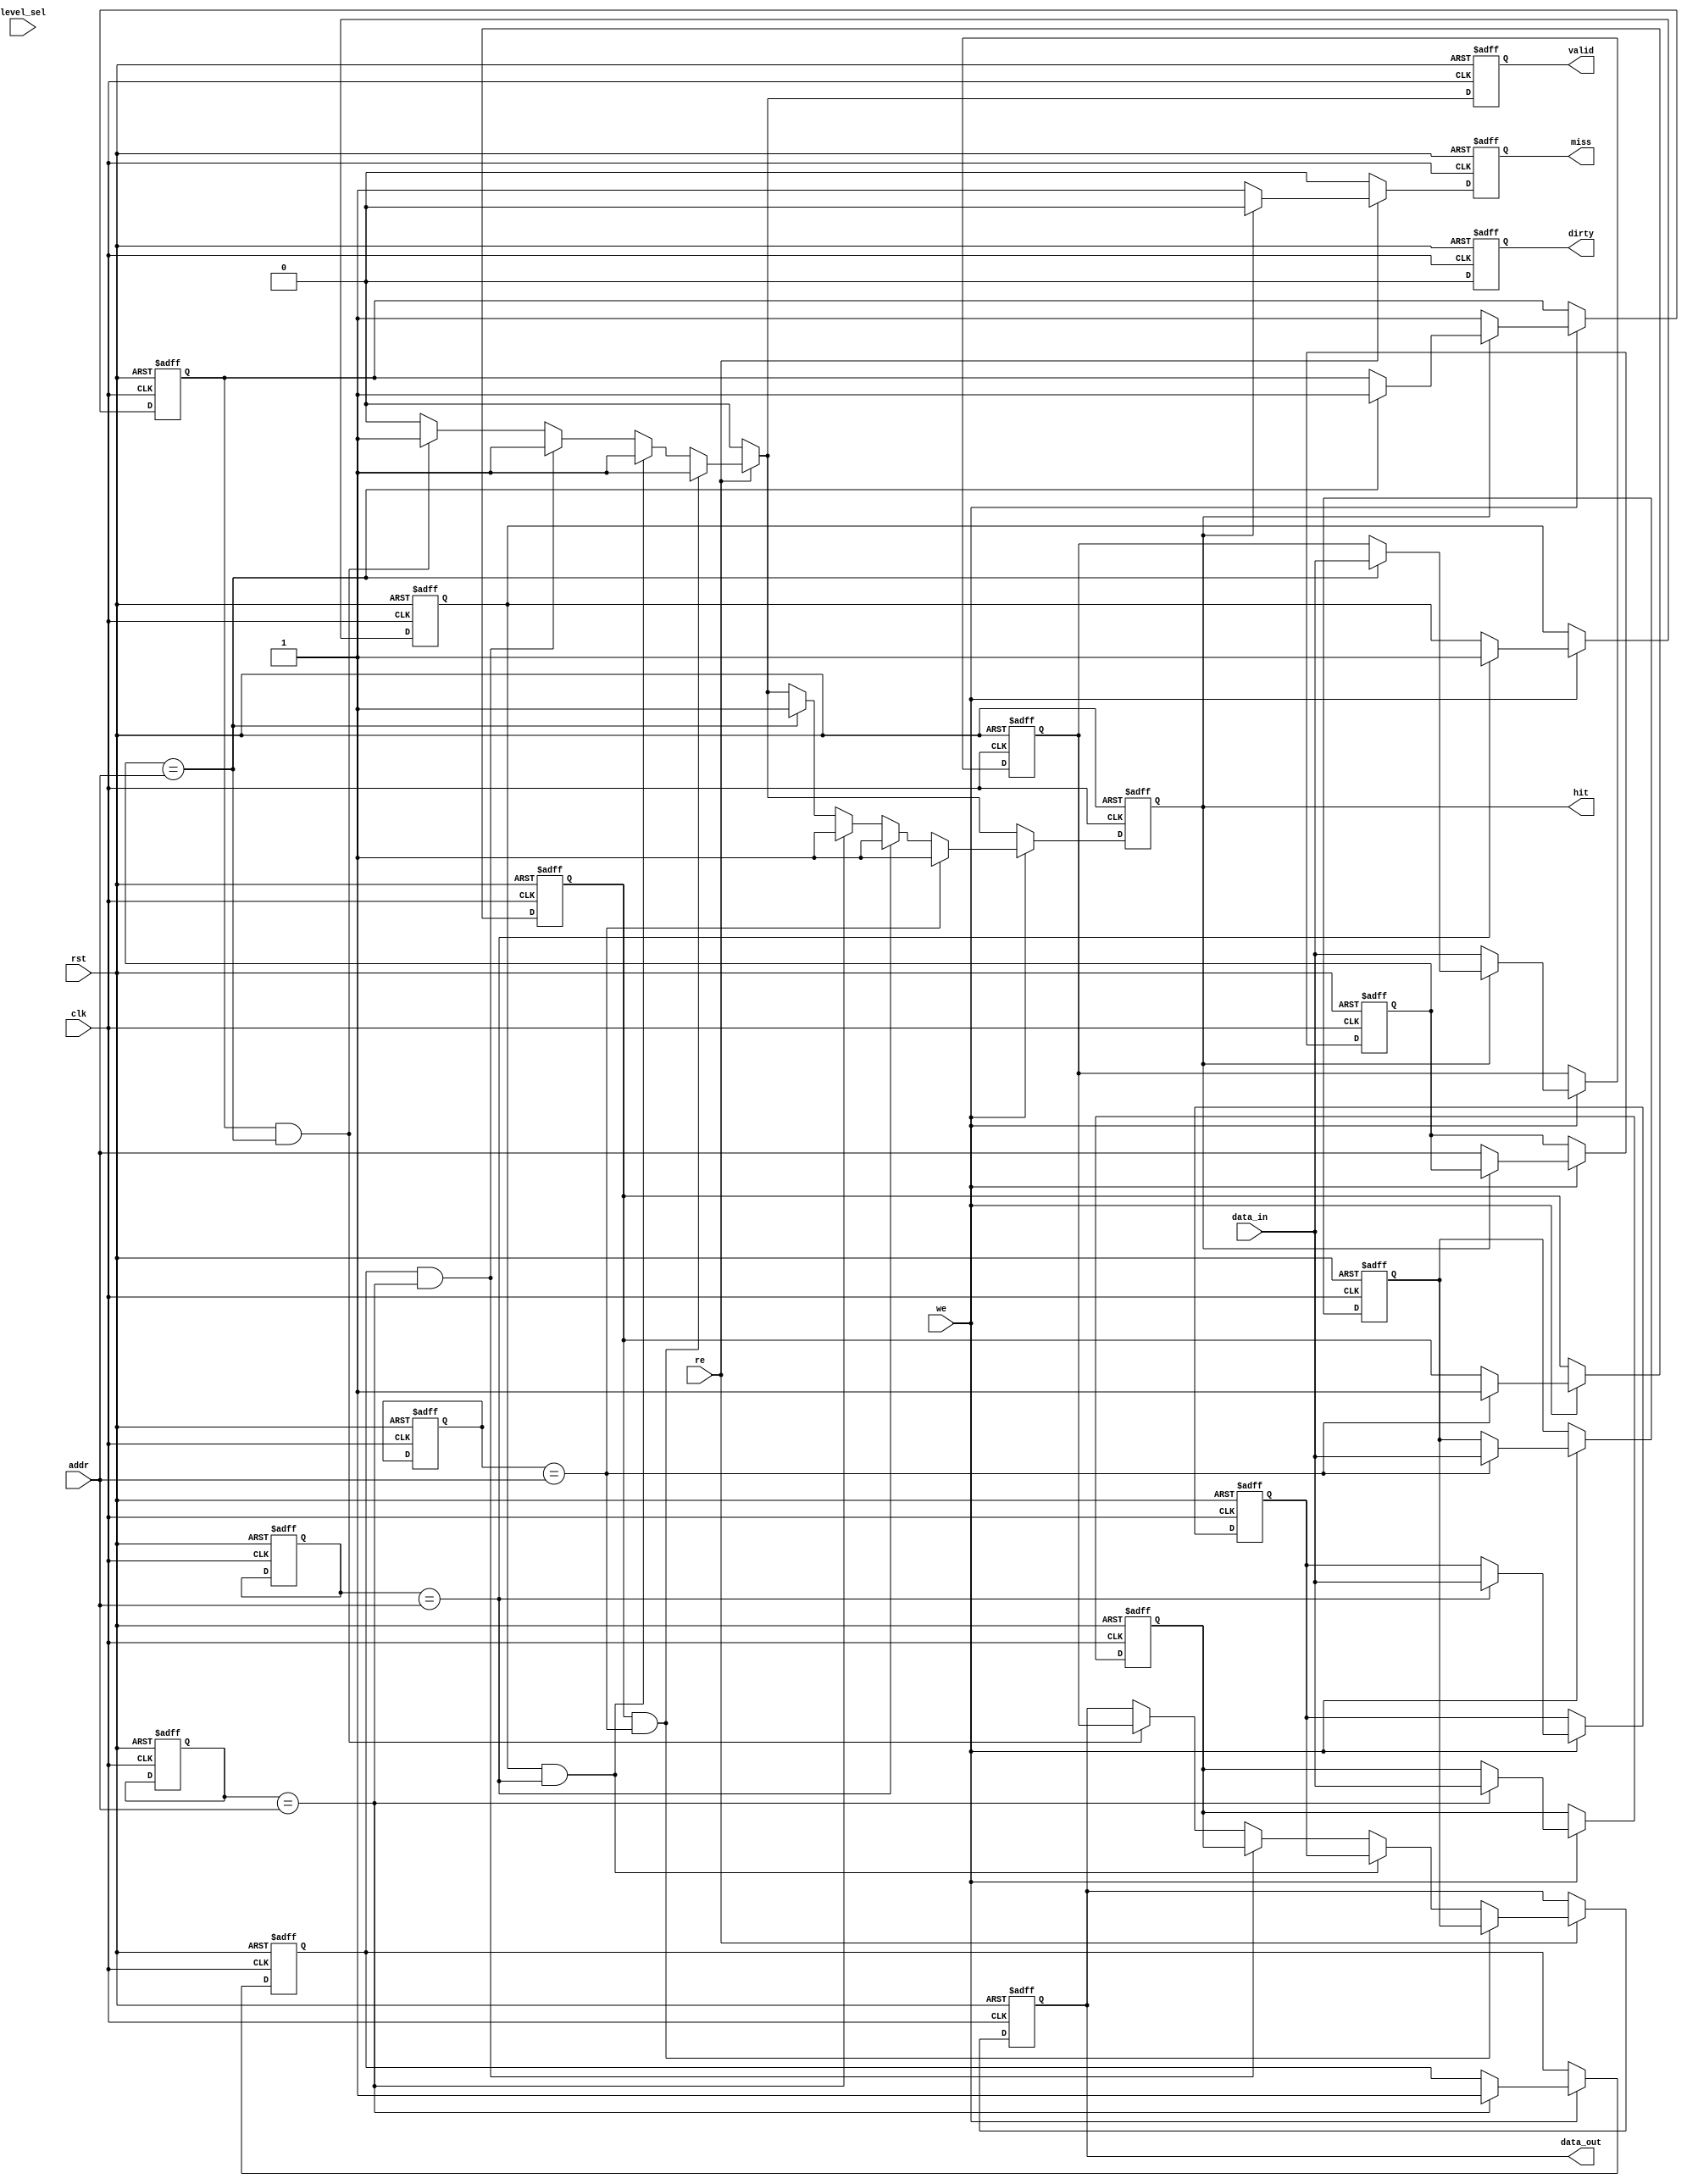
module multi_level_cache(
    input wire clk,
    input wire rst,
    input wire [31:0] addr,         // Assuming 32-bit address
    input wire [31:0] data_in,      // Assuming 32-bit data input
    input wire we,                  // Write Enable
    input wire re,                  // Read Enable
    input wire [1:0] level_sel,     // Cache Level Select (L1, L2, L3)
    output reg [31:0] data_out,     // Data Output
    output reg hit,                 // Hit signal
    output reg miss,                // Miss signal
    output reg dirty,               // Dirty Bit
    output reg valid                 // Valid Bit
);

    // Cache line structure
    reg [31:0] cache_data [0:3];     // Example: 4 cache lines per level
    reg [31:0] cache_addr [0:3];      // Cache addresses
    reg valid_bit [0:3];              // Valid bits for cache lines
    reg dirty_bit [0:3];              // Dirty bits for cache lines

    integer i;

    always @(posedge clk or posedge rst) begin
        if (rst) begin
            // Reset cache state
            for (i = 0; i < 4; i = i + 1) begin
                cache_data[i] <= 32'b0;
                cache_addr[i] <= 32'b0;
                valid_bit[i] <= 1'b0;
                dirty_bit[i] <= 1'b0;
            end
            data_out <= 32'b0;
            hit <= 1'b0;
            miss <= 1'b0;
            dirty <= 1'b0;
            valid <= 1'b0;
        end else begin
            // Default outputs
            hit <= 1'b0;
            miss <= 1'b0;
            dirty <= 1'b0;
            valid <= 1'b0;

            // Read operation
            if (re) begin
                for (i = 0; i < 4; i = i + 1) begin
                    if (valid_bit[i] && (cache_addr[i] == addr)) begin
                        // Cache hit
                        data_out <= cache_data[i];
                        hit <= 1'b1;
                        valid <= 1'b1;
                    end
                end
                
                // Miss handling (fetch from lower level or memory)
                if (!hit) begin
                    miss <= 1'b1;
                    // Fetch logic to be implemented here
                end
            end
            
            // Write operation
            if (we) begin
                for (i = 0; i < 4; i = i + 1) begin
                    if (cache_addr[i] == addr) begin
                        // Cache hit on write
                        cache_data[i] <= data_in;
                        dirty_bit[i] <= 1'b1; // Mark as dirty
                        valid_bit[i] <= 1'b1;  // Mark as valid
                        hit <= 1'b1;
                    end
                end
                
                // If miss, write to a new cache line
                if (!hit) begin
                    // Eviction logic to be implemented here
                    // Place new data into a cache line
                    cache_data[0] <= data_in; // Example: writing to line 0
                    cache_addr[0] <= addr;
                    valid_bit[0] <= 1'b1;
                    dirty_bit[0] <= 1'b1; // New entry is dirty
                end
            end
        end
    end

endmodule